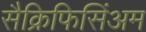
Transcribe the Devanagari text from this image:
सैक्रिफिसिंअम